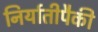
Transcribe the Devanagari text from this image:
निर्यातीपैकी